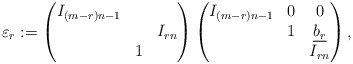
\begin{align*}\varepsilon_r:=\begin{pmatrix}I_{(m-r)n-1}&&\\&&I_{rn}\\&1&\end{pmatrix}\begin{pmatrix}I_{(m-r)n-1}&0&0\\&1&\underline{b_r}\\ &&I_{rn}\end{pmatrix},\end{align*}